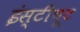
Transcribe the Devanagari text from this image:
इंस्टीचूट